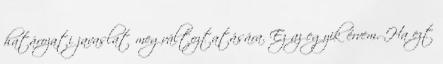
határozati javaslat megváltoztatására. Ez az egyik érvem. Ha ezt